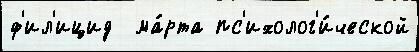
ф'ил'ицид  ма́рта пс'ихолог'и́ческой